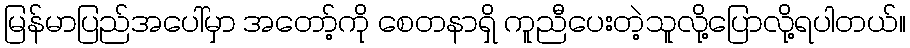
မြန်မာပြည်အပေါ်မှာ အတော့်ကို စေတနာရှိ ကူညီပေးတဲ့သူလို့ပြောလို့ရပါတယ်။